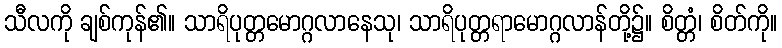
သီလကို ချစ်ကုန်၏။ သာရိပုတ္တမောဂ္ဂလာနေသု၊ သာရိပုတ္တရာမောဂ္ဂလာန်တို့၌။ စိတ္တံ၊ စိတ်ကို။